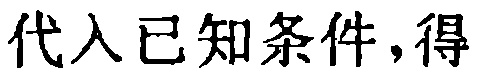
代入已知条件,得